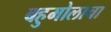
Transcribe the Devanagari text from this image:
बहुमोलाचा